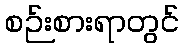
စဉ်းစားရာတွင်